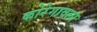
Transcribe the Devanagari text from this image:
कोरेगावला